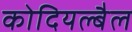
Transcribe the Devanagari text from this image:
कोदियल्बैल